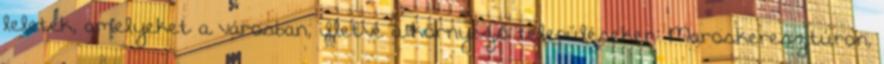
leletek, amelyeket a városban, illetve a környező településeken: Maroskeresztúron,